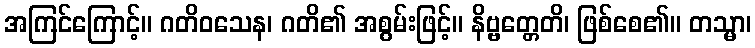
အကြင်ကြောင့်။ ဂတိဝသေန၊ ဂတိ၏ အစွမ်းဖြင့်။ နိဗ္ဗတ္တေတိ၊ ဖြစ်စေ၏။ တသ္မာ၊